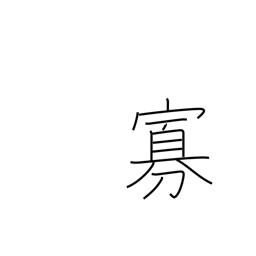
Meaning: minority